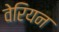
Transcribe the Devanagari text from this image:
वेरियन